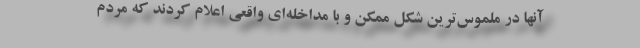
آنها در ملموس‌ترین شکل ممکن و با مداخله‌ای واقعی اعلام کردند که مردم